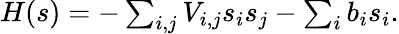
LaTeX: \begin{array}{r}{H(s)=-\sum_{i,j}V_{i,j}s_{i}s_{j}-\sum_{i}b_{i}s_{i}.}\end{array}